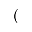
(